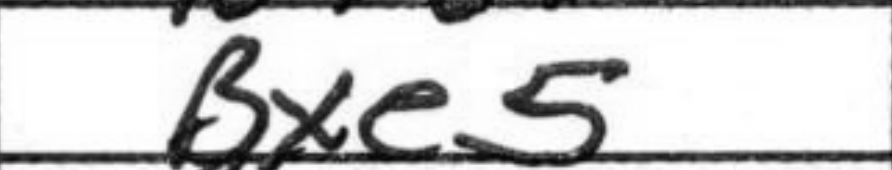
Transcription: Bxe5